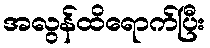
အလွန်ထိရောက်ပြီး